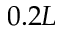
0 . 2 L